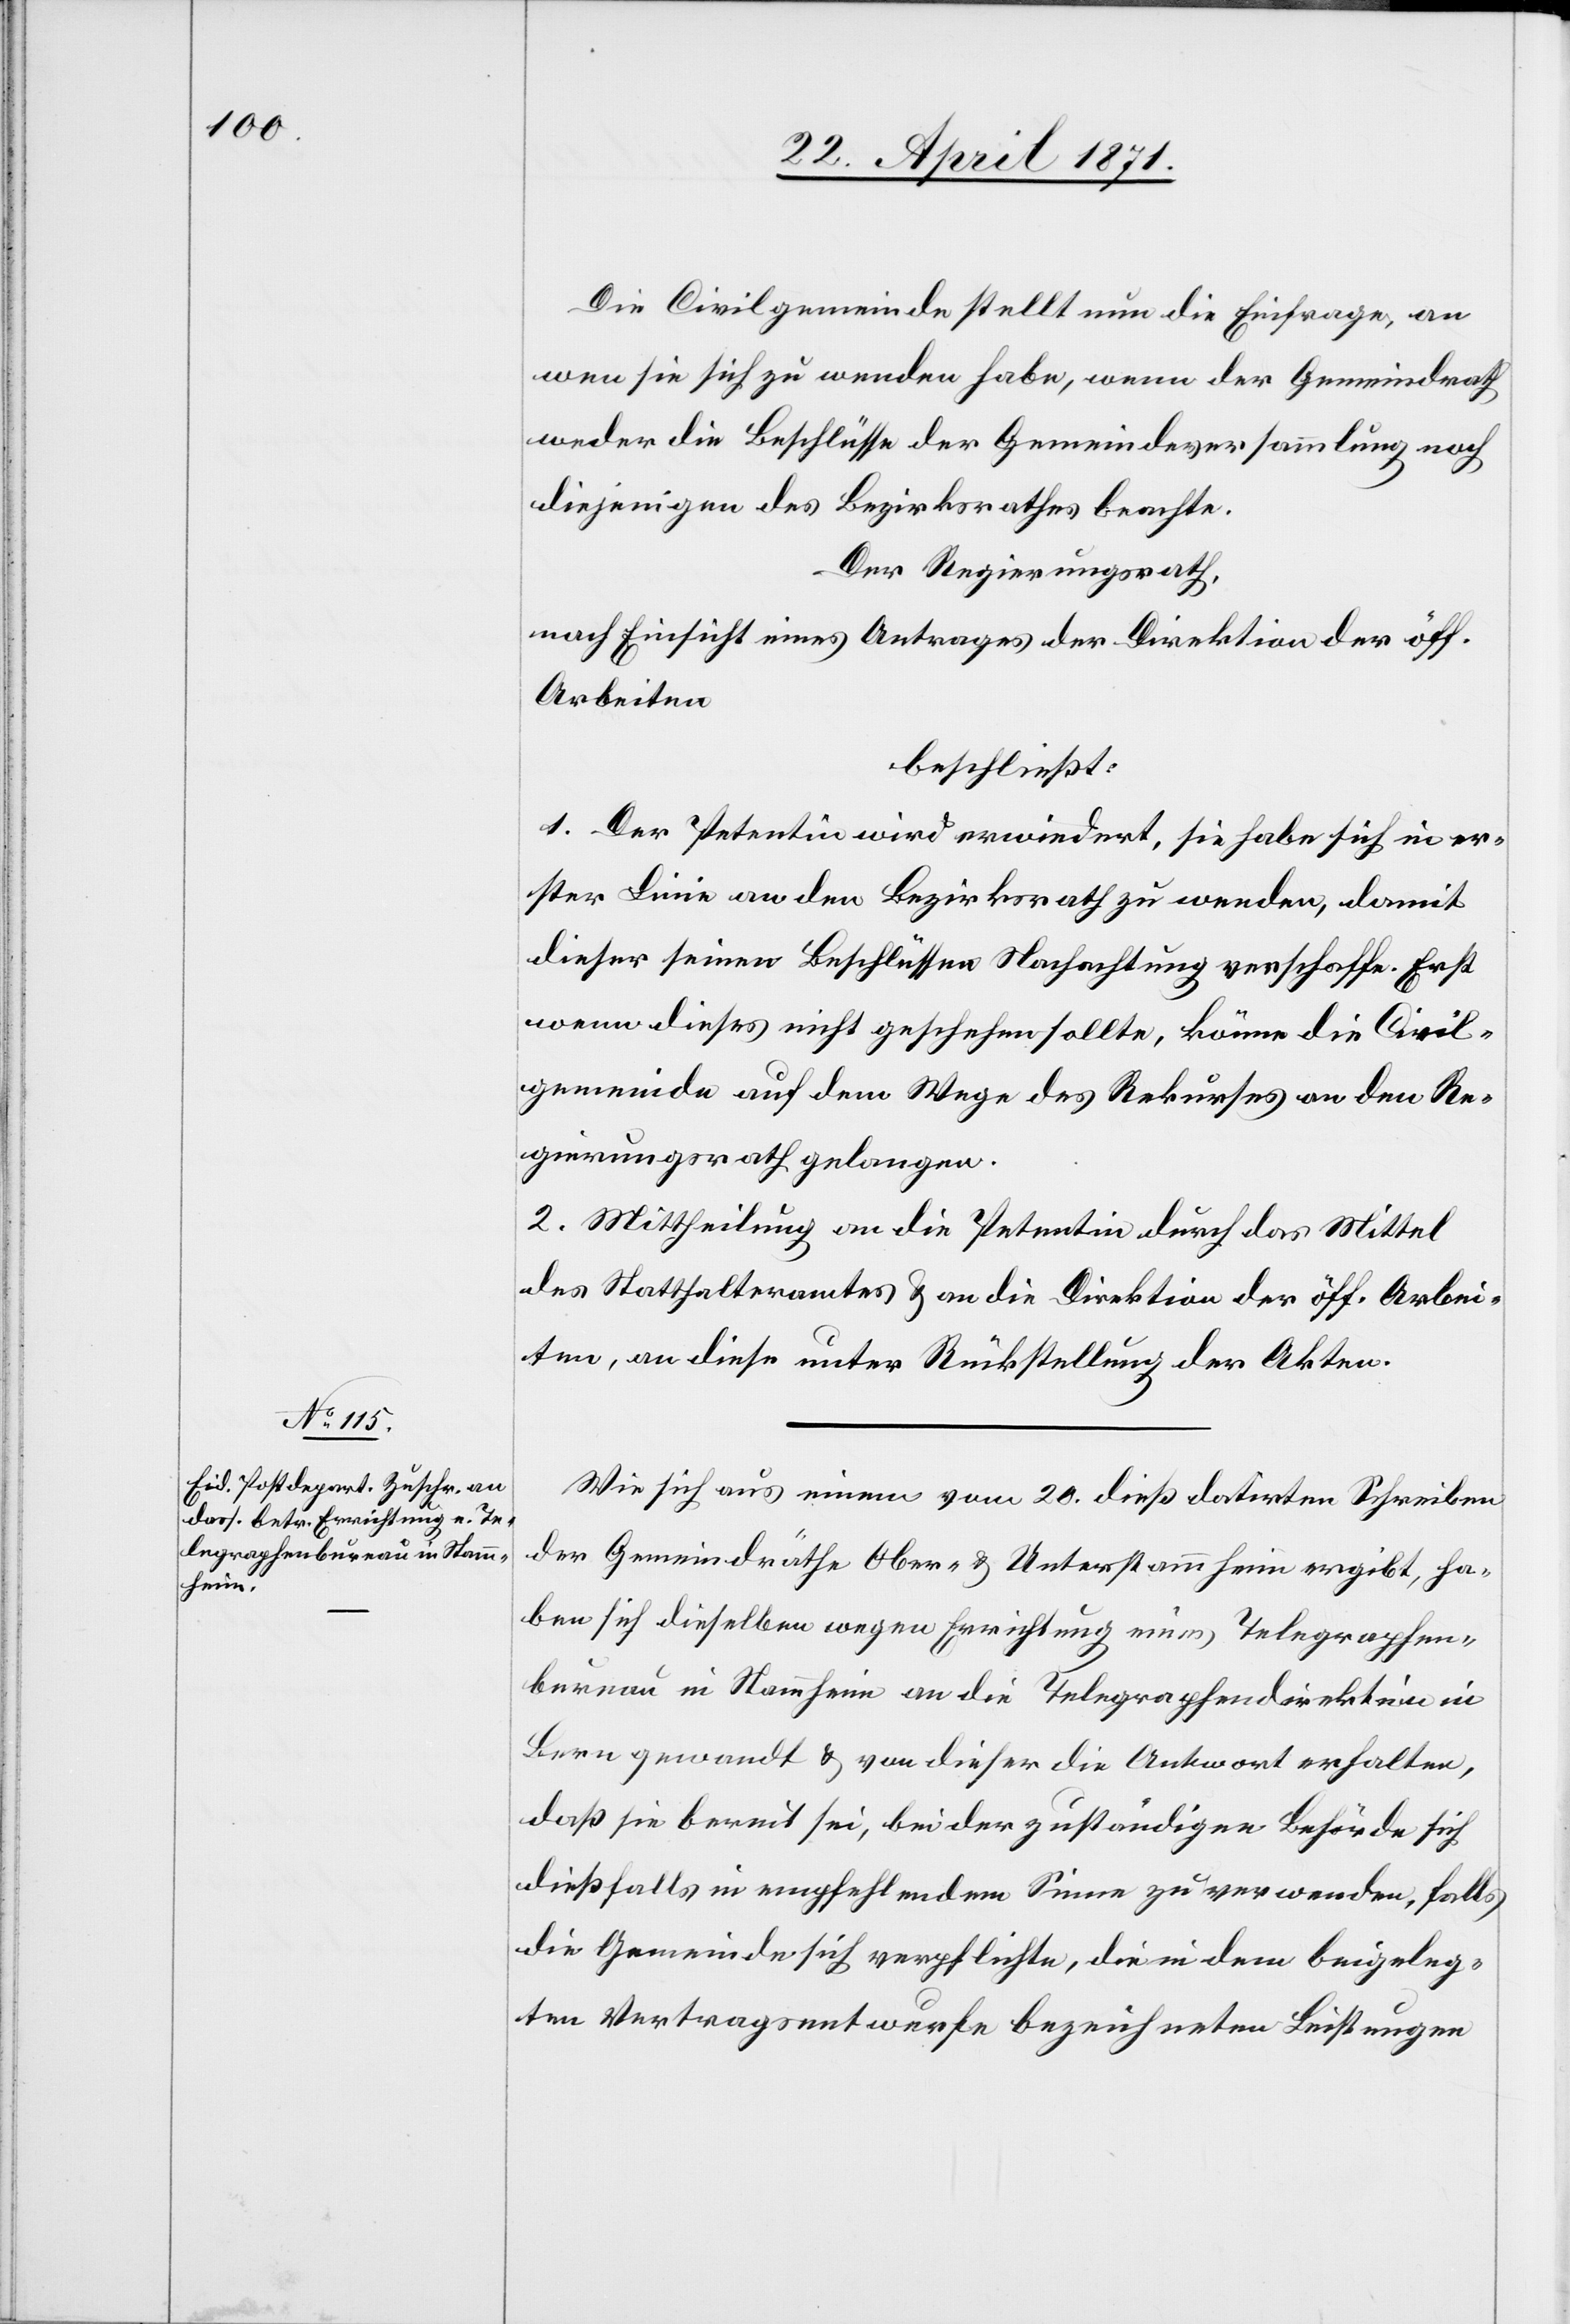
Die Civilgemeinde stellt nun die Einfrage, an
wen sie sich zu wenden habe, wenn der Gemeindrath
weder die Beschlüsse der Gemeindeversammlung noch
diejenigen des Bezirksrathes beachte.
Der Regierungsrath,
nach Einsicht eines Antrages der Direktion der öff.
Arbeiten
beschließt:
1. Der Petentin wird erwiedert, sie habe sich in er¬
ster Linie an den Bezirksrath zu wenden, damit
dieser seinen Beschlüssen Nachachtung verschaffe. Erst
wenn dieses nicht geschehen sollte, könne die Civil¬
gemeinde auf dem Wege des Rekurses an den Re¬
gierungsrath gelangen.
2. Mittheilung an die Petentin durch das Mittel
des Statthalteramtes u. an die Direktion der öff. Arbei¬
ten, an diese unter Rückstellung der Akten.
Wie sich aus einem vom 20. dieß datirten Schreiben
der Gemeindräthe Ober- u. Unterstammheim ergibt, ha¬
ben sich dieselben wegen Errichtung eines Telegraphen¬
bureau in Stammheim an die Telegraphendirektion in
Bern gewandt u. von dieser die Antwort erhalten,
daß sie bereit sei, bei der zuständigen Behörde sich
dießfalls in empfehlendem Sinne zu verwenden, falls
die Gemeinde sich verpflichte, die in dem beigeleg¬
ten Vertragsentwurfe bezeichneten Leistungen